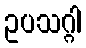
ဥပသဂ္ဂါ